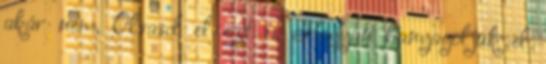
akár nem. Olvasd el ezt is Hogyan hanyagoljuk el